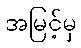
အမြင့်မှ